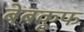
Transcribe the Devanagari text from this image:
बेबकूफ